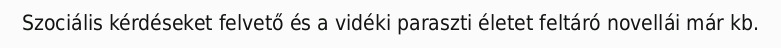
Szociális kérdéseket felvető és a vidéki paraszti életet feltáró novellái már kb.